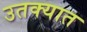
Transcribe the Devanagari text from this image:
उतक्यात